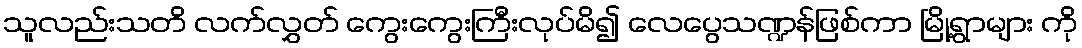
သူလည်းသတိ လက်လွှတ် ကွေးကွေးကြီးလုပ်မိ၍ လေပွေသဏ္ဍန်ဖြစ်ကာ မြို့ရွာများ ကို